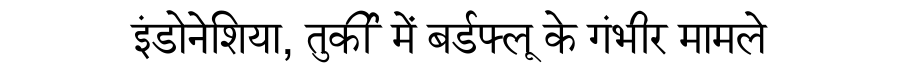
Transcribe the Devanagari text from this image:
इंडोनेशिया, तुर्की में बर्डफ्लू के गंभीर मामले